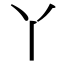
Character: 丫